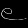
Digit: ၉